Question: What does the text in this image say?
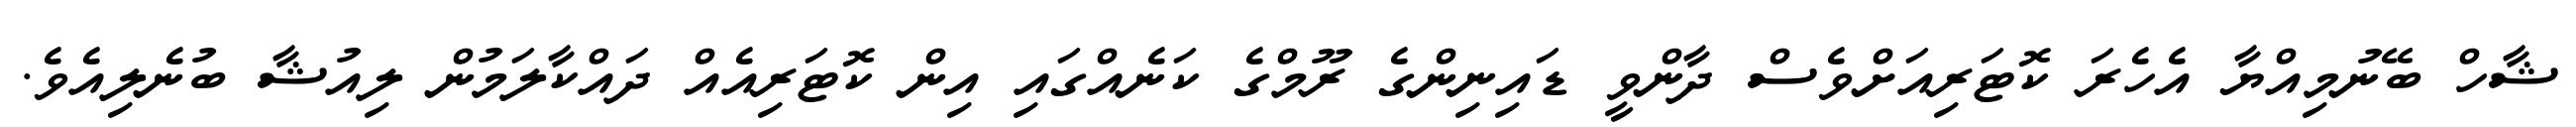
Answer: ޝާހް ބޭނުމިއްޔާ އެހެރަ ކޮޓަރިއަށްވެސް ދާންވީ ޑައިނިންގެ ރޫމްގެ ކަނެއްގައި އިން ކޮޓަރިއެއް ދައްކާލަމުން ލިއުޝާ ބުނެލިއެވެ.